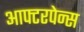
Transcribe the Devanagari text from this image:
आफ्टरपेन्स